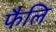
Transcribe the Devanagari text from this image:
फैलि